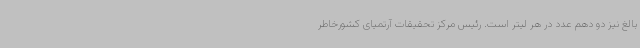
بالغ نیز دو دهم عدد در هر لیتر است. رئیس مرکز تحقیقات آرتمیای کشورخاطر